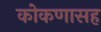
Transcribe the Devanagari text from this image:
कोकणासह